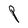
Character: P